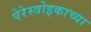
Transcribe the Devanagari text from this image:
पेरेस्त्रोइकाच्या